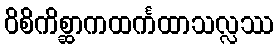
ဝိစိကိစ္ဆာကထင်္ကထာသလ္လဿ